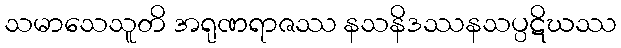
သမာသေသူတိ အရုဏရာဇဿ နသနိဒဿနသပ္ပဋိဃဿ